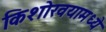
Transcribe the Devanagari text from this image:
किशोरवयामध्ये